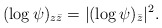
\begin{align*}(\log \psi)_{z\bar{z}}=|(\log \psi)_{\bar z}|^2.\end{align*}